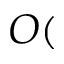
O (